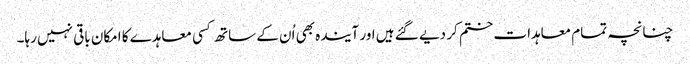
چنانچہ تمام معاہدات ختم کر دیے گئے ہیں اور آیندہ بھی اُن کے ساتھ کسی معاہدے کا امکان باقی نہیں رہا۔